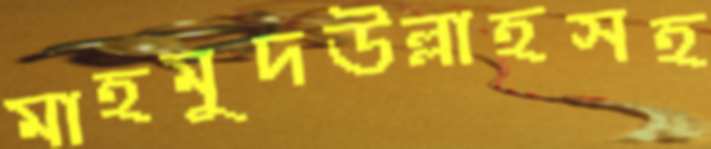
মাহমুদউল্লাহসহ